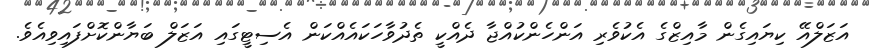
އަޒަލްއޭ ކިޔައިގެން މާއިޒްގެ އެކުވެރި އަންހެންކުއްޖާ ދެއްކީ ތެދުވާހަކައެއްކަން އެސިޓީގައި އަޒަލް ބަޔާންކޮށްފައިވިއެވެ.